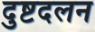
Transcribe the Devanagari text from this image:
दुष्टदलन